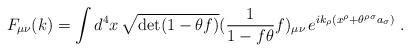
LaTeX: \begin{align*} F_{\mu \nu} (k) = \int d^4 x \, \sqrt{\det (1 - \theta f)} (\frac{1}{1 - f \theta} f )_{\mu \nu} \, e^{i k_{\rho} (x^{\rho} + \theta^{\rho \sigma} a_{\sigma})} \ .\end{align*}